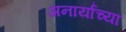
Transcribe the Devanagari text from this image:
अनार्यांच्या